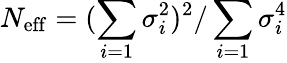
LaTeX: N_{\mathrm{eff}}=(\sum_{i=1}\sigma_{i}^{2})^{2}/\sum_{i=1}\sigma_{i}^{4}